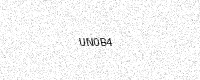
Text: UN0B4